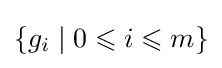
\{g_{i}\mid 0\leqslant i\leqslant m\}